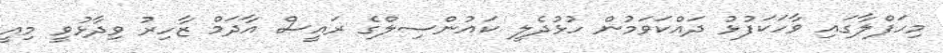
މިހަފްލާގައި ވާހަކަފުޅު ދައްކަވަމުން ހުޅުދެލީ ކައުންސިލްގެ ރައީސް އާދަމް ޒާހިރު ވިދާޅުވީ މިއީ